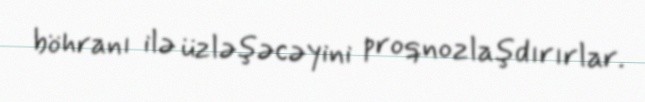
böhranı ilə üzləşəcəyini proqnozlaşdırırlar.